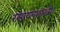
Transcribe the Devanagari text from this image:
रसायनशास्त्री।